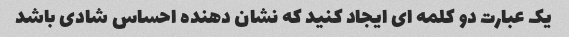
یک عبارت دو کلمه ای ایجاد کنید که نشان دهنده احساس شادی باشد